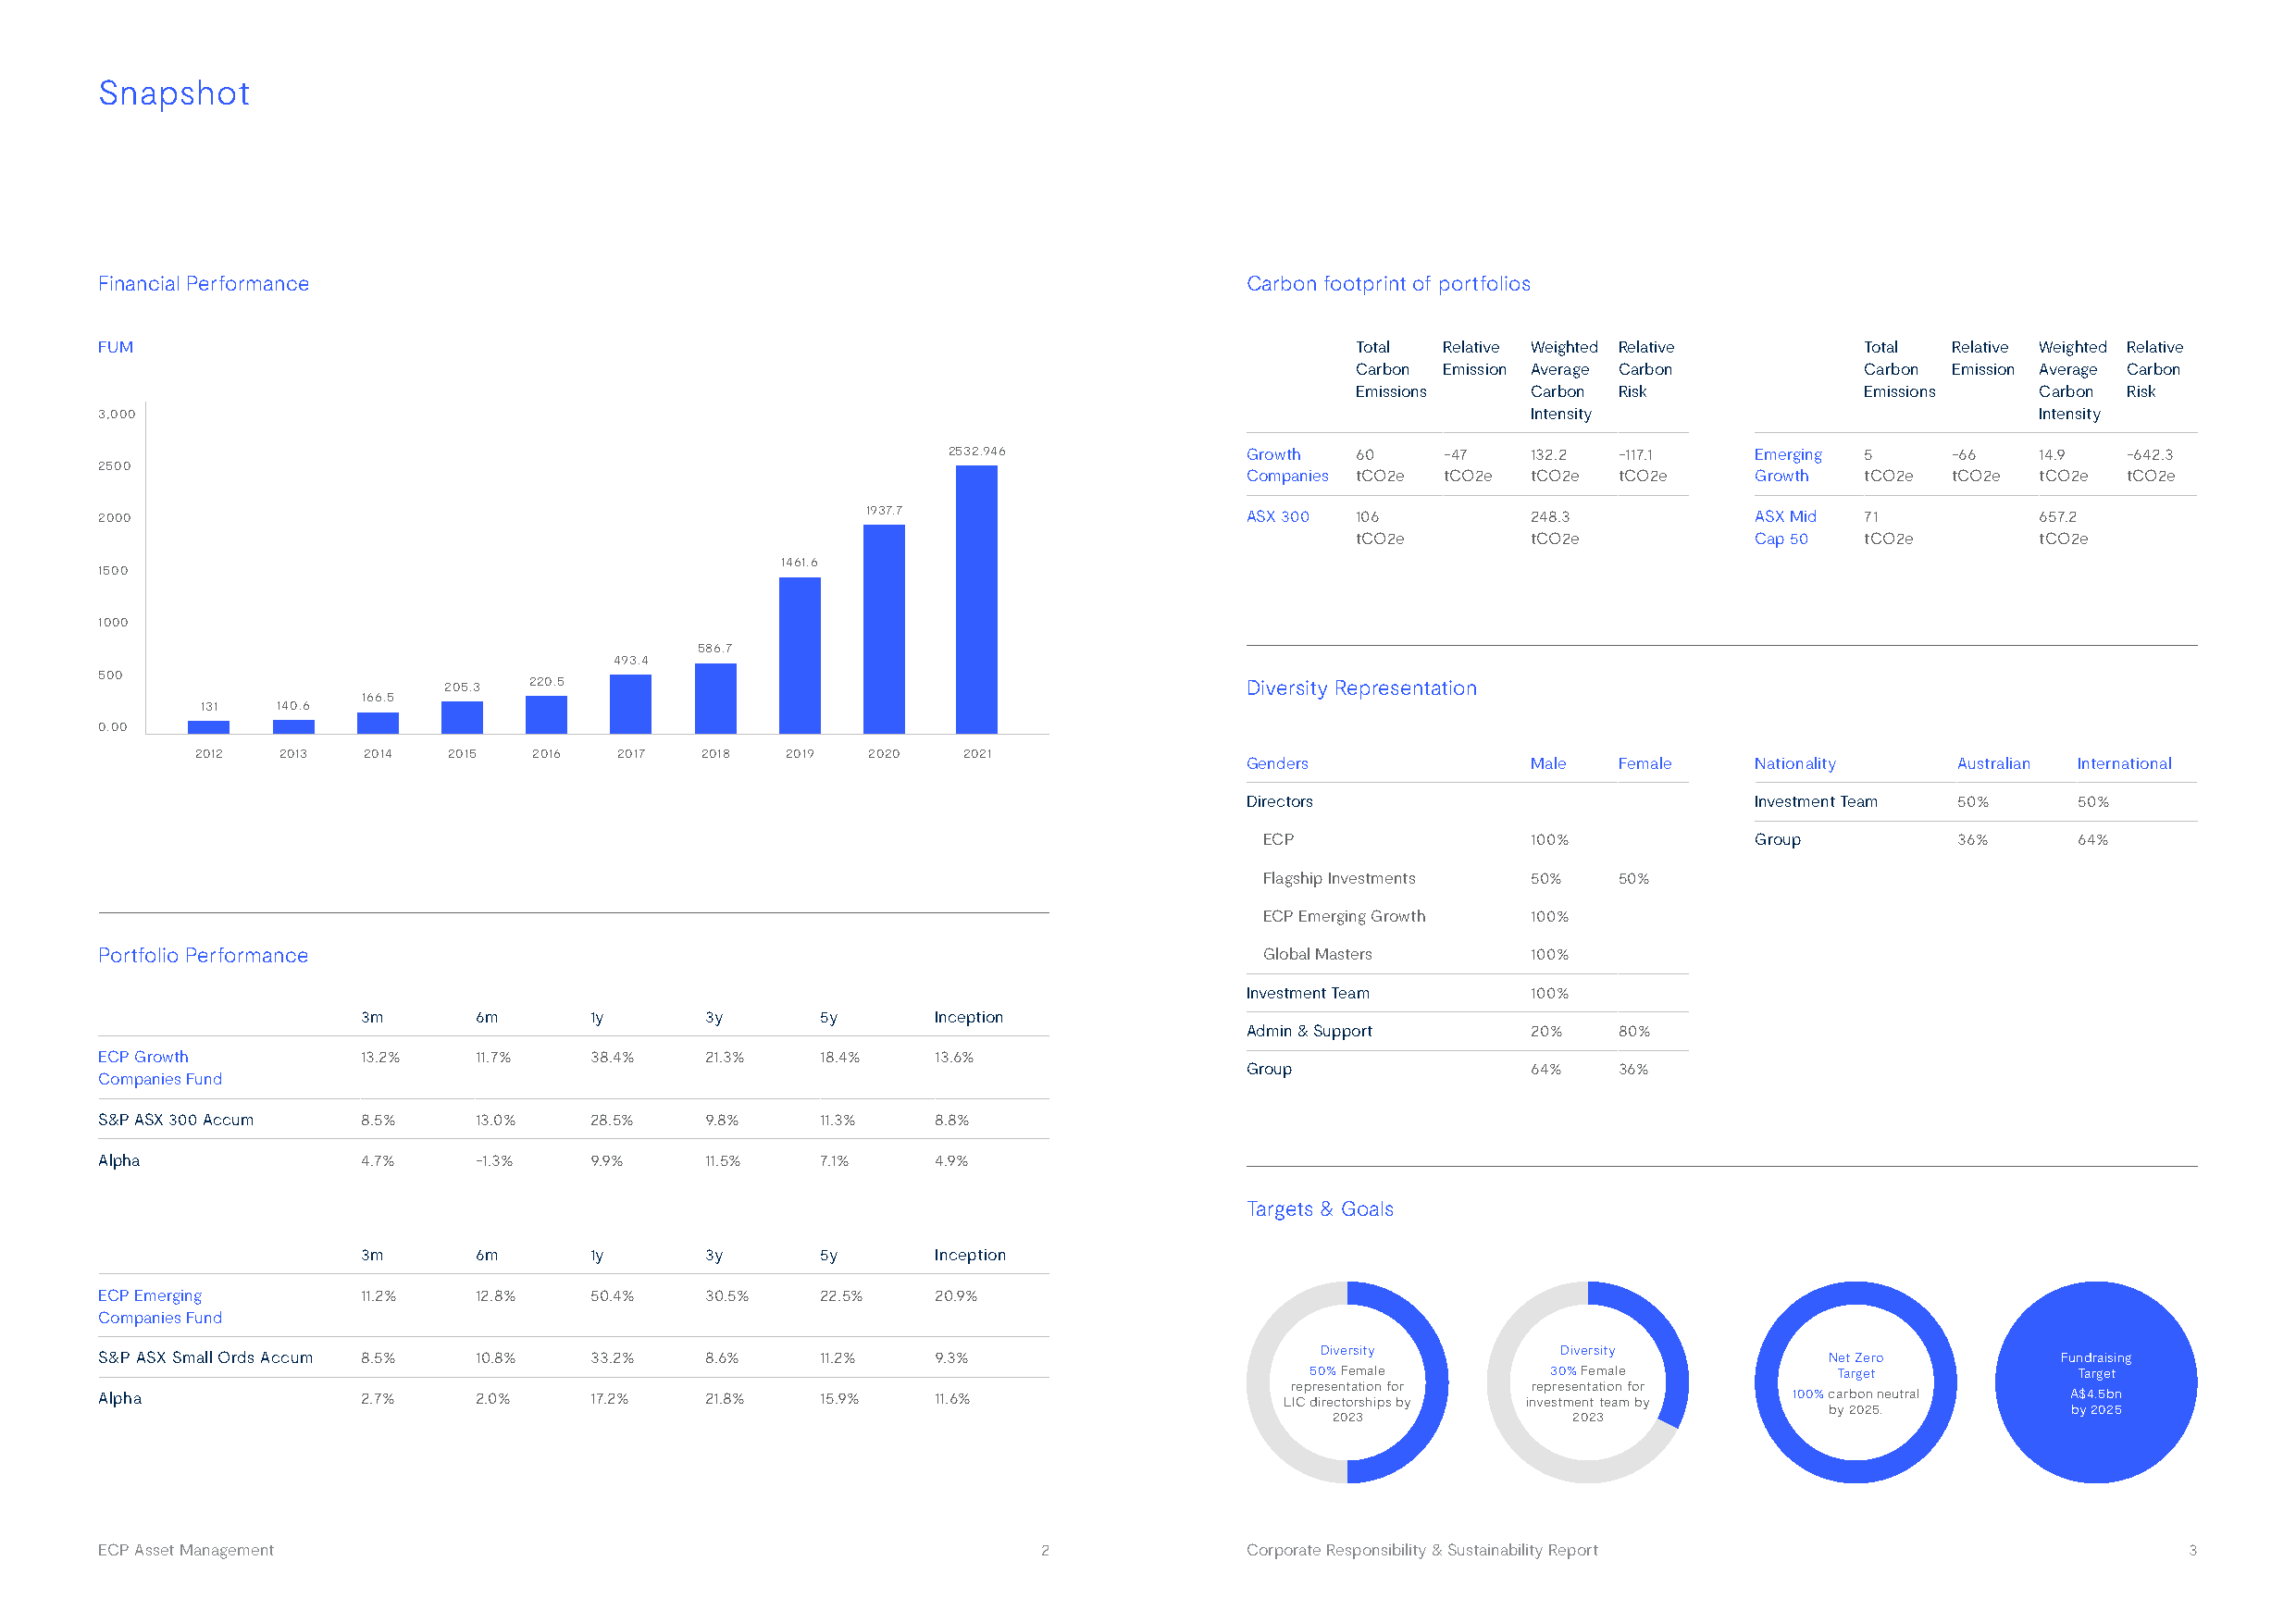
Snapshot
 Financial Performance                                                             Carbon footprint of portfolios
 FUM                                                                                       Total Relative Weighted Relative    Total  Relative Weighted Relative
 Carbon Emission Average Carbon      Carbon Emission Average Carbon
 Emissions   Carbon Risk             Emissions    Carbon Risk
 3,000                                                                                                 Intensity                            Intensity
 2532.946             Growth  60    -47   132.2  -117.1    Emerging 5    -66   14.9  -642.3
 2500
 Companies tCO2e tCO2e tCO2e tCO2e    Growth tCO2e  tCO2e tCO2e tCO2e
 2000                                                   1937.7                     ASX 300 106         248.3            ASX Mid 71          657.2
 tCO2e       tCO2e            Cap 50 tCO2e        tCO2e
 1461.6
 1500
 1000
 586.7
 493.4
 500
 205.3 220.5                                              Diversity Representation
 166.5
 131   140.6
 0.00
 2012  2013  2014  2015  2016  2017  2018  2019  2020   2021
 Genders             Male   Female    Nationality   Australian International
 Directors                            Investment Team 50%    50%
 ECP                100%             Group         36%      64%
 Flagship Investments 50%  50%
 ECP Emerging Growth 100%
 Portfolio Performance                                                              Global Masters     100%
 Investment Team     100%
 3m      6m      1y      3y       5y      Inception
 Admin & Support     20%    80%
 ECP Growth         13.2%   11.7%   38.4%   21.3%    18.4%   13.6%
 Group               64%    36%
 Companies Fund
 S&P ASX 300 Accum  8.5%    13.0%   28.5%   9.8%     11.3%   8.8%
 Alpha              4.7%    -1.3%   9.9%    11.5%    7.1%    4.9%
 Targets & Goals
 3m      6m      1y      3y       5y      Inception
 ECP Emerging       11.2%   12.8%   50.4%   30.5%    22.5%   20.9%
 Companies Fund
 Diversity         Diversity
 S&P ASX Small Ords Accum 8.5% 10.8% 33.2%  8.6%     11.2%   9.3%                                                            Net Zero        Fundraising
 50% Female       30% Female          Target            Target
 representation for representation for
 Alpha              2.7%    2.0%    17.2%   21.8%    15.9%   11.6%                    LIC directorships by investment team by 100% carbon neutral A$4.5bn
 by 2025.         by 2025
 2023             2023
 ECP Asset Management                                               2              Corporate Responsibility & Sustainability Report                    3